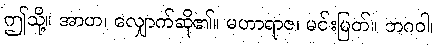
ဤသို့။ အာဟ၊ လျှောက်ဆို၏။ မဟာရာဇ၊ မင်းမြတ်။ ဘဂဝါ၊